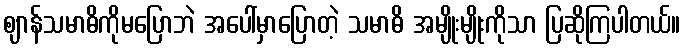
ဈာန်သမာဓိကိုမပြောဘဲ အပေါ်မှာပြောတဲ့ သမာဓိ အမျိုးမျိုးကိုသာ ပြဆိုကြပါတယ်။